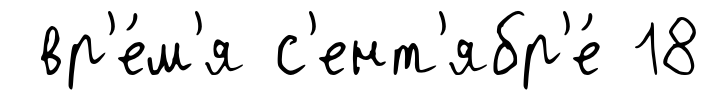
вр'е́м'я с'ент'ябр'е́ 18